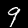
Label: 9